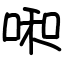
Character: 啝